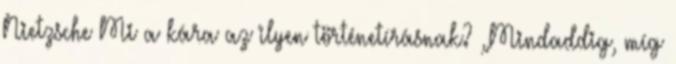
Nietzsche Mi a kára az ilyen történetírásnak? „Mindaddig, míg